Leaving Certificate Examination (including Day School Certificate (Higher) General paper), 1934
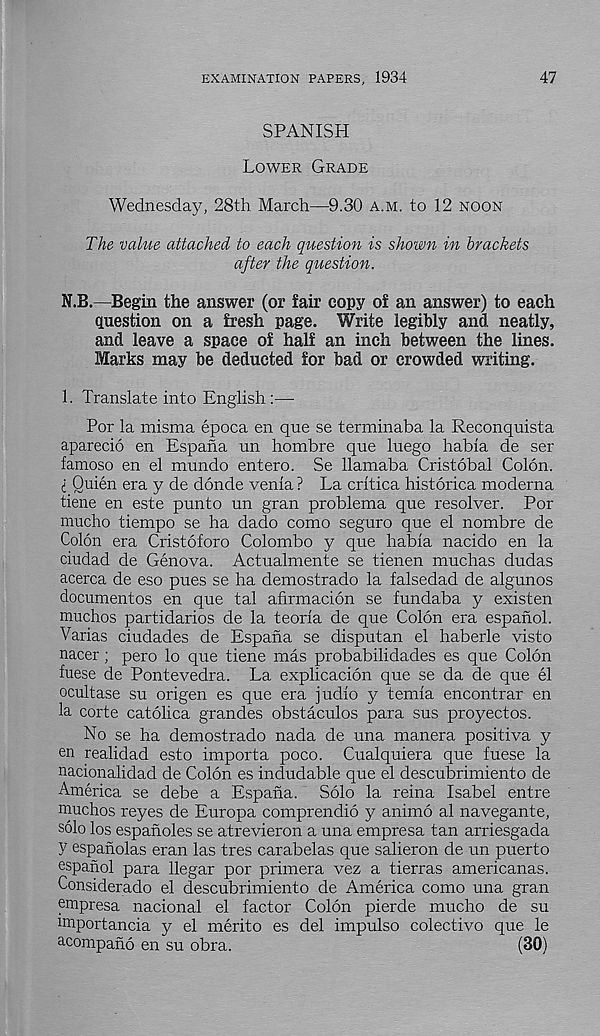
EXAMINATION PAPERS, 1934
47
SPANISH
Lower Grade
Wednesday, 28th March—9.30 a.m. to 12 noon
The value attached to each question is shown in brackets
after the question.
N.B—Begin the answer (or fair copy oS an answer) to each
question on a fresh page. Write legibly and neatly,
and leave a space of half an inch between the lines.
Marks may be deducted for bad or crowded writing.
1. Translate into English :—
Por la misma epoca en que se terminaba la Reconquista
aparecio en Espana un hombre que luego habla de ser
famoso en el mundo entero. Se llamaba Cristobal Colon.
I Quien era y de donde venia ? La critica historica moderna
tiene en este punto un gran problema que resolver. Por
mucho tiempo se ha dado como seguro que el nombre de
Colon era Cristoforo Colombo y que habia nacido en la
ciudad de Genova. Actualmente se tienen muchas dudas
acerca de eso pues se ha demostrado la falsedad de algunos
documentos en que tal afirmacion se fundaba y existen
muchos partidarios de la teoria de que Colon era espanol.
Varias ciudades de Espana se disputan el haberle visto
nacer; pero lo que tiene mas probabilidades es que Colon
fuese de Pontevedra. La explicacion que se da de que el
ocultase su origen es que era judio y temia encontrar en
la corte catolica grandes obstaculos para sus proyectos.
No se ha demostrado nada de una manera positiva y
en realidad esto importa poco. Cualquiera que fuese la
nacionalidad de Colon es indudable que el descubrimiento de
America se debe a Espana. Solo la reina Isabel entre
muchos reyes de Europa comprendio y animo al navegante,
solo los espanoles se atrevieron a una empresa tan arriesgada
y espanolas eran las tres carabelas que salieron de un puerto
espanol para llegar por primera vez a tierras americanas.
Considerado el descubrimiento de America como una gran
empresa nacional el factor Colon pierde mucho de su
miportancia y el merito es del impulse colectivo que le
acompano en su obra.
(30)